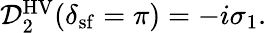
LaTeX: \begin{array}{r}{\mathcal{D}_{2}^{\mathrm{HV}}(\delta_{\mathrm{sf}}=\pi)=-i\sigma_{1}.}\end{array}